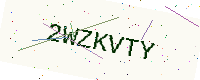
Text: 2WZKVTY